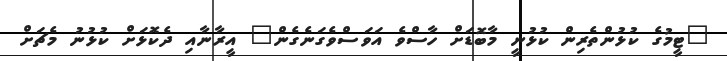
"ޓީމުގެ ކުޅުންތެރިން ކުޅުނީ މާބޮޑަށް ހާސްވެ އަވަސްވެގަނެގެން" އީރާނާއި ދެކޮޅަށް ކުޅުނު މެޗަށް